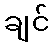
ချင်